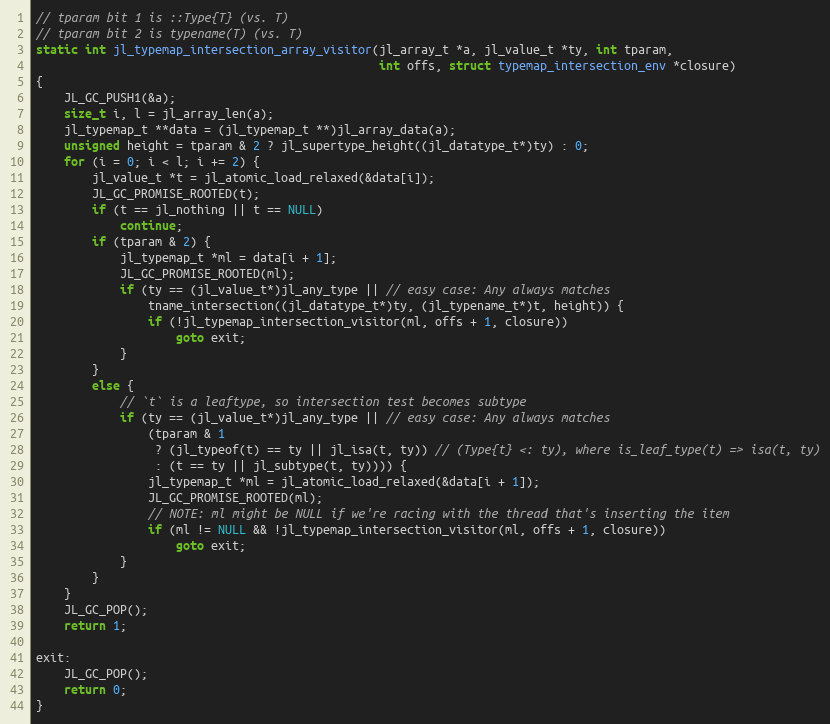
Language: C
// tparam bit 1 is ::Type{T} (vs. T)
// tparam bit 2 is typename(T) (vs. T)
static int jl_typemap_intersection_array_visitor(jl_array_t *a, jl_value_t *ty, int tparam,
                                                 int offs, struct typemap_intersection_env *closure)
{
    JL_GC_PUSH1(&a);
    size_t i, l = jl_array_len(a);
    jl_typemap_t **data = (jl_typemap_t **)jl_array_data(a);
    unsigned height = tparam & 2 ? jl_supertype_height((jl_datatype_t*)ty) : 0;
    for (i = 0; i < l; i += 2) {
        jl_value_t *t = jl_atomic_load_relaxed(&data[i]);
        JL_GC_PROMISE_ROOTED(t);
        if (t == jl_nothing || t == NULL)
            continue;
        if (tparam & 2) {
            jl_typemap_t *ml = data[i + 1];
            JL_GC_PROMISE_ROOTED(ml);
            if (ty == (jl_value_t*)jl_any_type || // easy case: Any always matches
                tname_intersection((jl_datatype_t*)ty, (jl_typename_t*)t, height)) {
                if (!jl_typemap_intersection_visitor(ml, offs + 1, closure))
                    goto exit;
            }
        }
        else {
            // `t` is a leaftype, so intersection test becomes subtype
            if (ty == (jl_value_t*)jl_any_type || // easy case: Any always matches
                (tparam & 1
                 ? (jl_typeof(t) == ty || jl_isa(t, ty)) // (Type{t} <: ty), where is_leaf_type(t) => isa(t, ty)
                 : (t == ty || jl_subtype(t, ty)))) {
                jl_typemap_t *ml = jl_atomic_load_relaxed(&data[i + 1]);
                JL_GC_PROMISE_ROOTED(ml);
                // NOTE: ml might be NULL if we're racing with the thread that's inserting the item
                if (ml != NULL && !jl_typemap_intersection_visitor(ml, offs + 1, closure))
                    goto exit;
            }
        }
    }
    JL_GC_POP();
    return 1;

exit:
    JL_GC_POP();
    return 0;
}